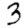
Digit: 3